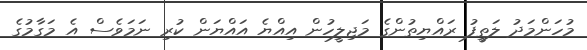
މުހަންމަދު ލަތީފު ރައްޔިތުންގެ މަޖިލީހުން އިއްޔެ އައްޔަން ކުރި ނަމަވެސް އެ މަގާމުގެ